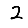
Digit: 2